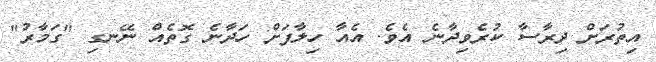
އިތުރަށް ދިރާސާ ކުރެވިދާނެ އެވެ. އެއާ ހިލާފަށް ހަދާނެ ގޮތެއް ނޭނގި "ގަމާރު"